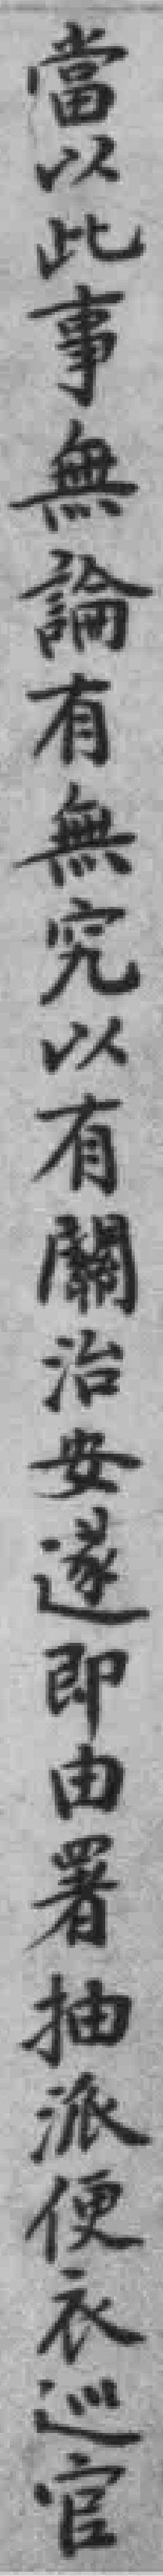
當以此事無論有無究以有關治安遂即由署抽派便衣巡官